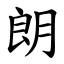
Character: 朗